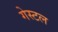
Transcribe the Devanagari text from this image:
गेस्टल